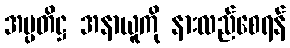
အပ္ပတိဋ္ဌ အနာယူကို နားလည်စေရန်